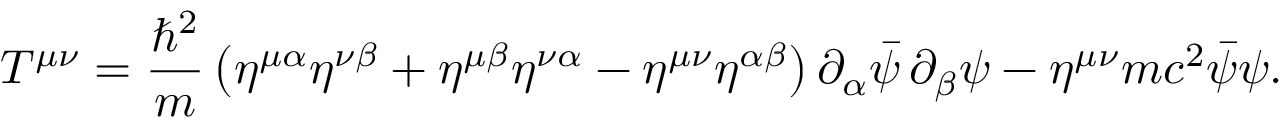
T ^ { \mu \nu } = { \frac { \hbar ^ { 2 } } { m } } \left( \eta ^ { \mu \alpha } \eta ^ { \nu \beta } + \eta ^ { \mu \beta } \eta ^ { \nu \alpha } - \eta ^ { \mu \nu } \eta ^ { \alpha \beta } \right) \partial _ { \alpha } { \bar { \psi } } \, \partial _ { \beta } \psi - \eta ^ { \mu \nu } m c ^ { 2 } { \bar { \psi } } \psi .